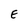
Character: E